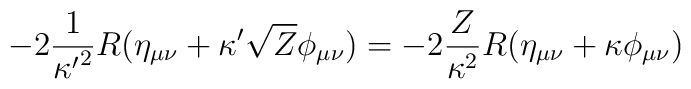
-2{1\over {\kappa^\prime}^2}R(\eta_{\mu\nu}+\kappa^\prime \sqrt {Z}\phi_{\mu\nu})=-2{Z\over \kappa^2}R(\eta_{\mu\nu}+\kappa\phi_{\mu\nu})